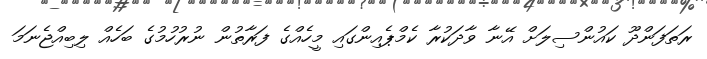
ރަތަފަންދޫ ކައުންސިލަށް އޭނާ ވާދަކުރާ ކެމްޕެއިންގައި މީހެއްގެ ފަރާތުން ނުރުހުމުގެ ބަހެއް ލިބިއްޖެނަމަ